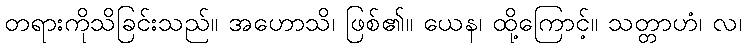
တရားကိုသိခြင်းသည်။ အဟောသိ၊ ဖြစ်၏။ ယေန၊ ထို့ကြောင့်။ သတ္တာဟံ၊ လ၊